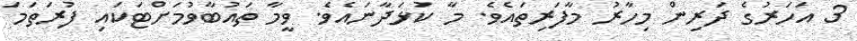
3 އަހަރުގެ ދަރިން މިހާރު މާފަރިތައެވެ. މާ ކުޅަދާނައެވެ. ވީމާ ތައުބާވުމަށްޓަކައި ފުރަތަމަ